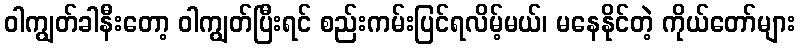
ဝါကျွတ်ခါနီးတော့ ဝါကျွတ်ပြီးရင် စည်းကမ်းပြင်ရလိမ့်မယ်၊ မနေနိုင်တဲ့ ကိုယ်တော်များ